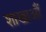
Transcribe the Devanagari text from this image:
शाखाऔं